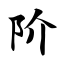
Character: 阶